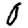
Digit: 0